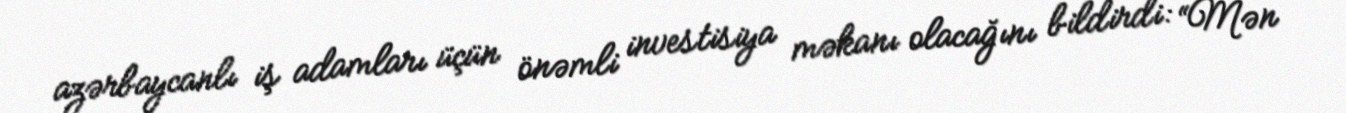
azərbaycanlı iş adamları üçün önəmli investisiya məkanı olacağını bildirdi: “Mən